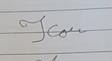
Signature authenticity: forged